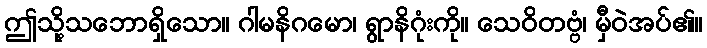
ဤသို့သဘောရှိသော။ ဂါမနိဂမော၊ ရွာနိဂုံးကို။ သေဝိတဗ္ဗံ၊ မှီဝဲအပ်၏။